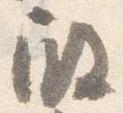
殿